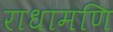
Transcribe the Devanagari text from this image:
राधामणि